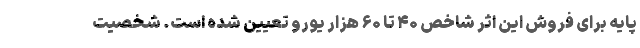
پایه برای فروش این اثر شاخص ۴۰ تا ۶۰ هزار یورو تعیین شده است. شخصیت